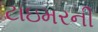
ટાઇમરની